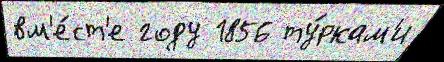
вм'е́ст'е году 1856 ту́ркам'и